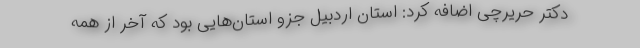
دکتر حریرچی اضافه کرد: استان اردبیل جزو استان‌هایی بود که آخر از همه